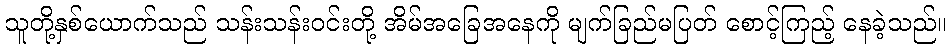
သူတို့နှစ်ယောက်သည် သန်းသန်းဝင်းတို့ အိမ်အခြေအနေကို မျက်ခြည်မပြတ် စောင့်ကြည့် နေခဲ့သည်။